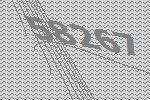
58267